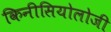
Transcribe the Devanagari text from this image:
किनीसियोलोजी